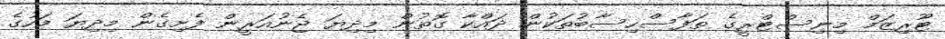
ޓޫރިޒަމް މިނިސްޓްރީގެ ތަފާސްހިސާބުތަކުން ދައްކާ ގޮތުން މިދިޔަ ޖެނުއަރީން ފެށިގެން މިދިޔަ މަހުގެ